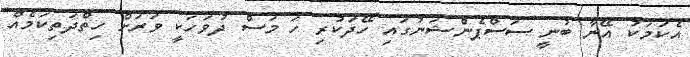
އެކަމަކު އޭނާ ބުނީ ސަސްޕެންޝަނުގައި ހޭދަކުރި ހަ މަސް ދުވަހަކީ ވަރަށް ހިތްދަތިކަމެއް